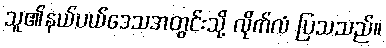
သူ၏နယ်ပယ်ဒေသအတွင်းသို့ လိုက်လံ ပြသသည်။